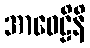
အာဝေဠိနိ